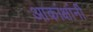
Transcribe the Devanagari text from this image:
आकांक्षांनी